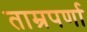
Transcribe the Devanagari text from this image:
ताम्रपर्णा